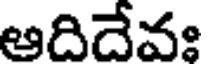
ఆదిదేవః